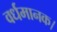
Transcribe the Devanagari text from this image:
वर्धमानक।